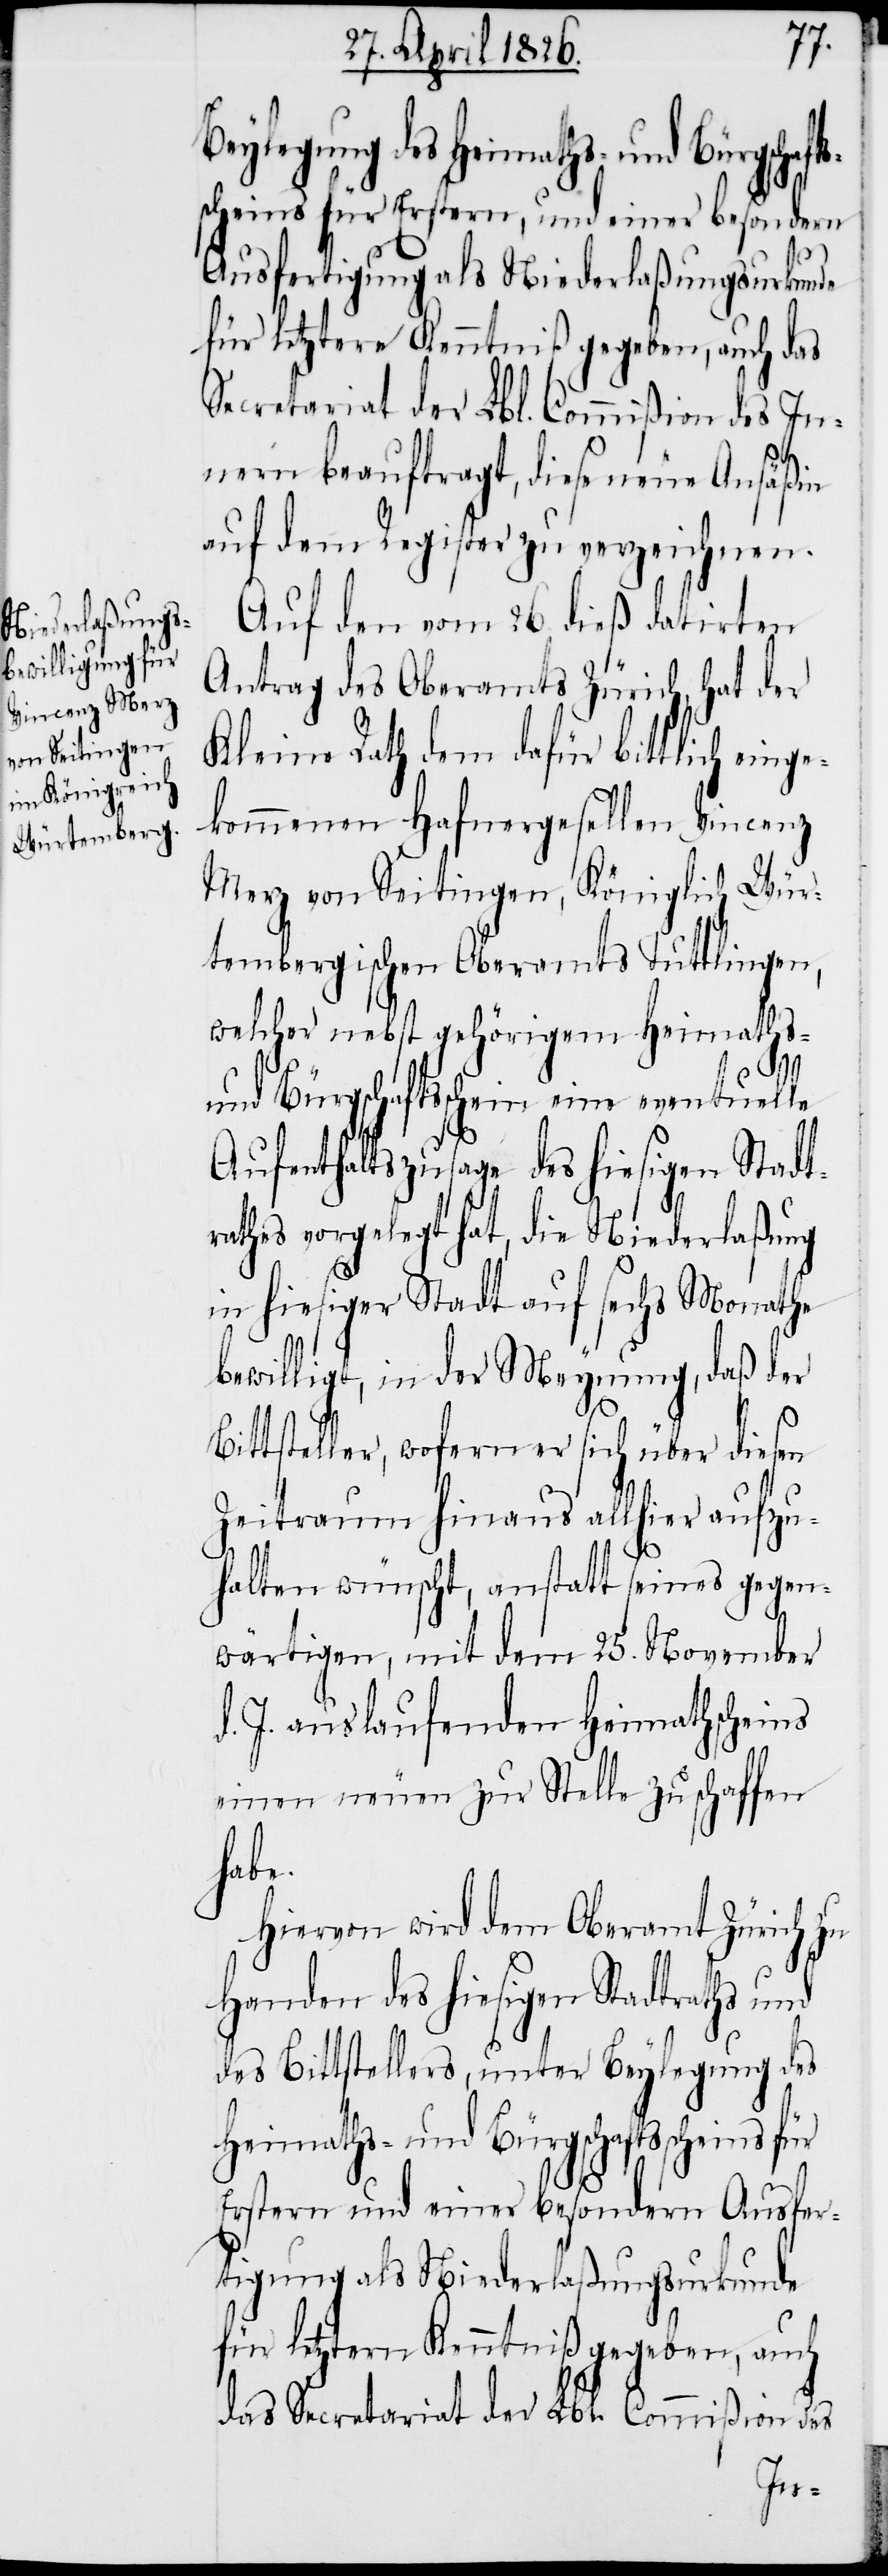
Beylegung des

für letztere Kenntniß gegeben, auch das
Secretariat der Lbl. Commißion des In¬
nern beauftragt, diese neue Ansäßin
auf dem Register zu verzeichnen.
Auf den vom 26. dieß datirten
Antrag des Oberamts Zürich, hat der
Kleine Rath dem dafür bittlich ein¬
kommenen Hafnergesellen Vincenz
Merz von Seitingen, Königlich Wür¬
tembergischen Oberamts Tuttlingen,
welcher nebst gehörigem Heimaths-
und Bürgschaftsschein eine eventuelle
Aufenthaltszusage des hiesigen Stadt¬
rathes vorgelegt hat, die Niederlaßung
in hiesiger Stadt auf sechs Monathe
bewilligt, in der Meynung, daß der
Bittsteller, wofern er sich über diesen
Zeitraum hinaus allhier aufzu¬
halten wünscht, anstatt seines gegen¬
wärtigen, mit dem 25. November
d. J. auslaufenden Heimathschein
einen neuen zur Stelle zu schaffen
habe.
Hiervon wird dem Oberamt Zürich zu
Handen des hiesigen Stadtraths und
des Bittstellers, unter Beylegung des
Heimaths- und Bürgschaftsscheins für
Erstern und einer besondern Ausfer¬
tigung als Niederlaßungsurkunde
für letztern Kenntniß gegeben, auch
das Secretariat der Lbl. Commißion des
ge¬